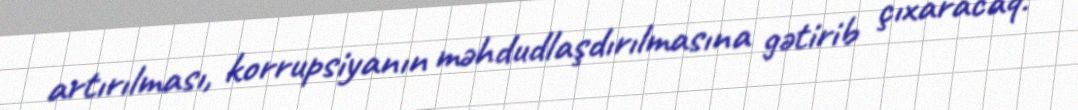
artırılması, korrupsiyanın məhdudlaşdırılmasına gətirib çıxaracaq.